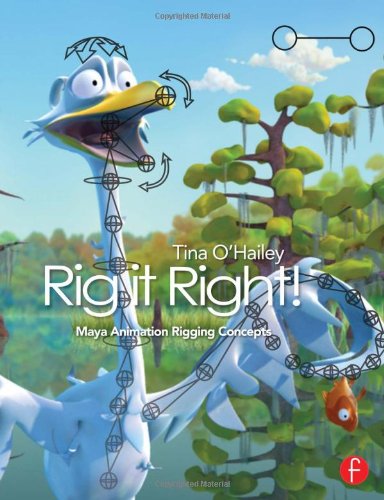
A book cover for Rig it Right! Maya Animation Rigging Concepts (Computers and People); Tina O'Hailey; Arts & Photography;